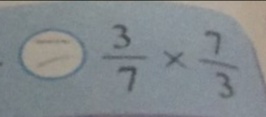
\frac { 5 } { 6 } \times \frac { 6 } { 5 } \textcircled { = } \frac { 3 } { 7 } \times \frac { 7 } { 3 }